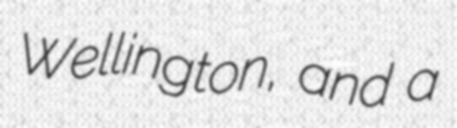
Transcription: Wellington, and a